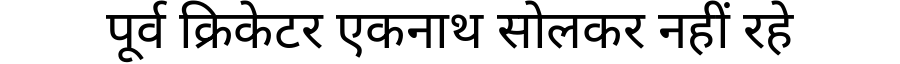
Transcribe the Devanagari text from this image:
पूर्व क्रिकेटर एकनाथ सोलकर नहीं रहे